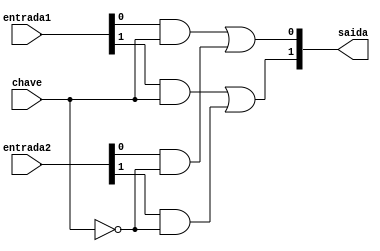
// -- PUC Minas - Instituto de Ciencias Exatas e Informatica
// -- Ciencia da Computacao - Professor Theldo Cruz
// Nome: ANA CRISTINA PEREIRA TEIXEIRA

// Exemplo0034 - F4 

// ------------------------- 
// --- selecionador
// -------------------------
module selecionador (output [1:0]saida, input [1:0]entrada1, input [1:0]entrada2, input chave);
   wire [3:0]s1;
   wire saida_not;
   
   not NOT1(saida_not, chave);
   
   and AND1(s1[0], entrada1[0], chave);
   and AND2(s1[1], entrada1[1], chave);
   
   and AND3(s1[2], entrada2[0], saida_not);
   and AND4(s1[3], entrada2[1], saida_not);
   
   or OR1(saida[0], s1[0], s1[2]);
   or OR2(saida[1], s1[1], s1[3]);

endmodule // -- selecionador

// -------------------------
// --- f4_gate
// -------------------------
module f4 (output [1:0]s, input [1:0]a, input [1:0]b, input flag1, input flag2);
   wire [1:0] saida_xor, saida_or, saida_xnor, saida_nor;
   wire [1:0] s1, s2;
   
   xor XOR1(saida_xor[0], a[0], b[0]);
	xor XOR2(saida_xor[1], a[1], b[1]);
	
	or OR1(saida_or[0], a[0], b[0]);
	or OR2(saida_or[1], a[1], b[1]);
	
	xnor XNOR1(saida_xnor[0], a[0], b[0]);
	xnor XNOR2(saida_xnor[1], a[1], b[1]);
	
	nor NOR1(saida_nor[0], a[0], b[0]);
	nor NOR2(saida_nor[1], a[1], b[1]);
	
	selecionador SEL1 (s1, saida_xor, saida_or, flag1);
	selecionador SEL2 (s2, saida_xnor, saida_nor, flag1);
	selecionador SEL3 (s, s2, s1, flag2);
	
endmodule // -- f4

// -------------------------
// --- modulo de teste
// -------------------------
module test_f4;
	
	reg  [1:0] x, y;
	reg  f1, f2;
	
	wire [1:0] z;
	
	f4 modulo (z, x, y, f1, f2);
	
	// -- parte principal
	initial begin
      $display("Exemplo 0034 - ANA CRISTINA - 427385");
      $display("Test LU's module");
      $display("Legenda da chave: 00-OR; 01-NOR; 10-XOR; 11-XNOR\n");
      
      #1 x = 2'b01; y = 2'b10; f1 = 0; f2 = 0;
      $monitor("ch = %2b%2b \t x = %2b\t y = %2b\t s = %2b", f1, f2, x, y, z);
      #1 x = 2'b01; y = 2'b10; f1 = 0; f2 = 1;
      #1 x = 2'b01; y = 2'b10; f1 = 1; f2 = 0;
      #1 x = 2'b01; y = 2'b10; f1 = 1; f2 = 1;
      #1 x = 2'b11; y = 2'b00; f1 = 0; f2 = 0;
      #1 x = 2'b11; y = 2'b00; f1 = 0; f2 = 1;
      #1 x = 2'b11; y = 2'b00; f1 = 1; f2 = 0;
      #1 x = 2'b11; y = 2'b00; f1 = 1; f2 = 1;
      #1 x = 2'b10; y = 2'b10; f1 = 0; f2 = 0;
      #1 x = 2'b10; y = 2'b10; f1 = 0; f2 = 1;
      #1 x = 2'b10; y = 2'b10; f1 = 1; f2 = 0;
      #1 x = 2'b10; y = 2'b10; f1 = 1; f2 = 1;
      #1 x = 2'b01; y = 2'b00; f1 = 0; f2 = 0;
      #1 x = 2'b01; y = 2'b00; f1 = 0; f2 = 1;
      #1 x = 2'b01; y = 2'b00; f1 = 1; f2 = 0;
      #1 x = 2'b01; y = 2'b00; f1 = 1; f2 = 1;
      
    end
endmodule // -- test_f4

// -- Testes
// Exemplo 0034 - ANA CRISTINA - 427385
// Test LU's module
// Legenda da chave: 00-OR; 01-NOR; 10-XOR; 11-XNOR
// ch =  0 0 	 x = 01	 y = 10	 s = 11
// ch =  0 1 	 x = 01	 y = 10	 s = 00
// ch =  1 0 	 x = 01	 y = 10	 s = 11
// ch =  1 1 	 x = 01	 y = 10	 s = 00
// ch =  0 0 	 x = 11	 y = 00	 s = 11
// ch =  0 1 	 x = 11	 y = 00	 s = 00
// ch =  1 0 	 x = 11	 y = 00	 s = 11
// ch =  1 1 	 x = 11	 y = 00	 s = 00
// ch =  0 0 	 x = 10	 y = 10	 s = 10
// ch =  0 1 	 x = 10	 y = 10	 s = 01
// ch =  1 0 	 x = 10	 y = 10	 s = 00
// ch =  1 1 	 x = 10	 y = 10	 s = 11
// ch =  0 0 	 x = 01	 y = 00	 s = 01
// ch =  0 1 	 x = 01	 y = 00	 s = 10
// ch =  1 0 	 x = 01	 y = 00	 s = 01
// ch =  1 1 	 x = 01	 y = 00	 s = 10